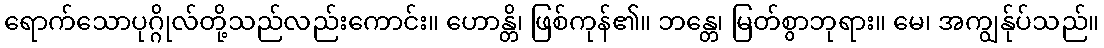
ရောက်သောပုဂ္ဂိုလ်တို့သည်လည်းကောင်း။ ဟောန္တိ၊ ဖြစ်ကုန်၏။ ဘန္တေ၊ မြတ်စွာဘုရား။ မေ၊ အကျွန်ုပ်သည်။